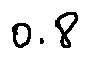
0 . 8